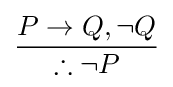
{\frac {P\to Q,\neg Q}{\therefore \neg P}}